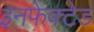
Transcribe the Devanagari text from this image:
इनफेक्टेड